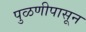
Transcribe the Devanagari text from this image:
पुळणीपासून